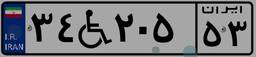
۳۴W۲۰۵۵۳